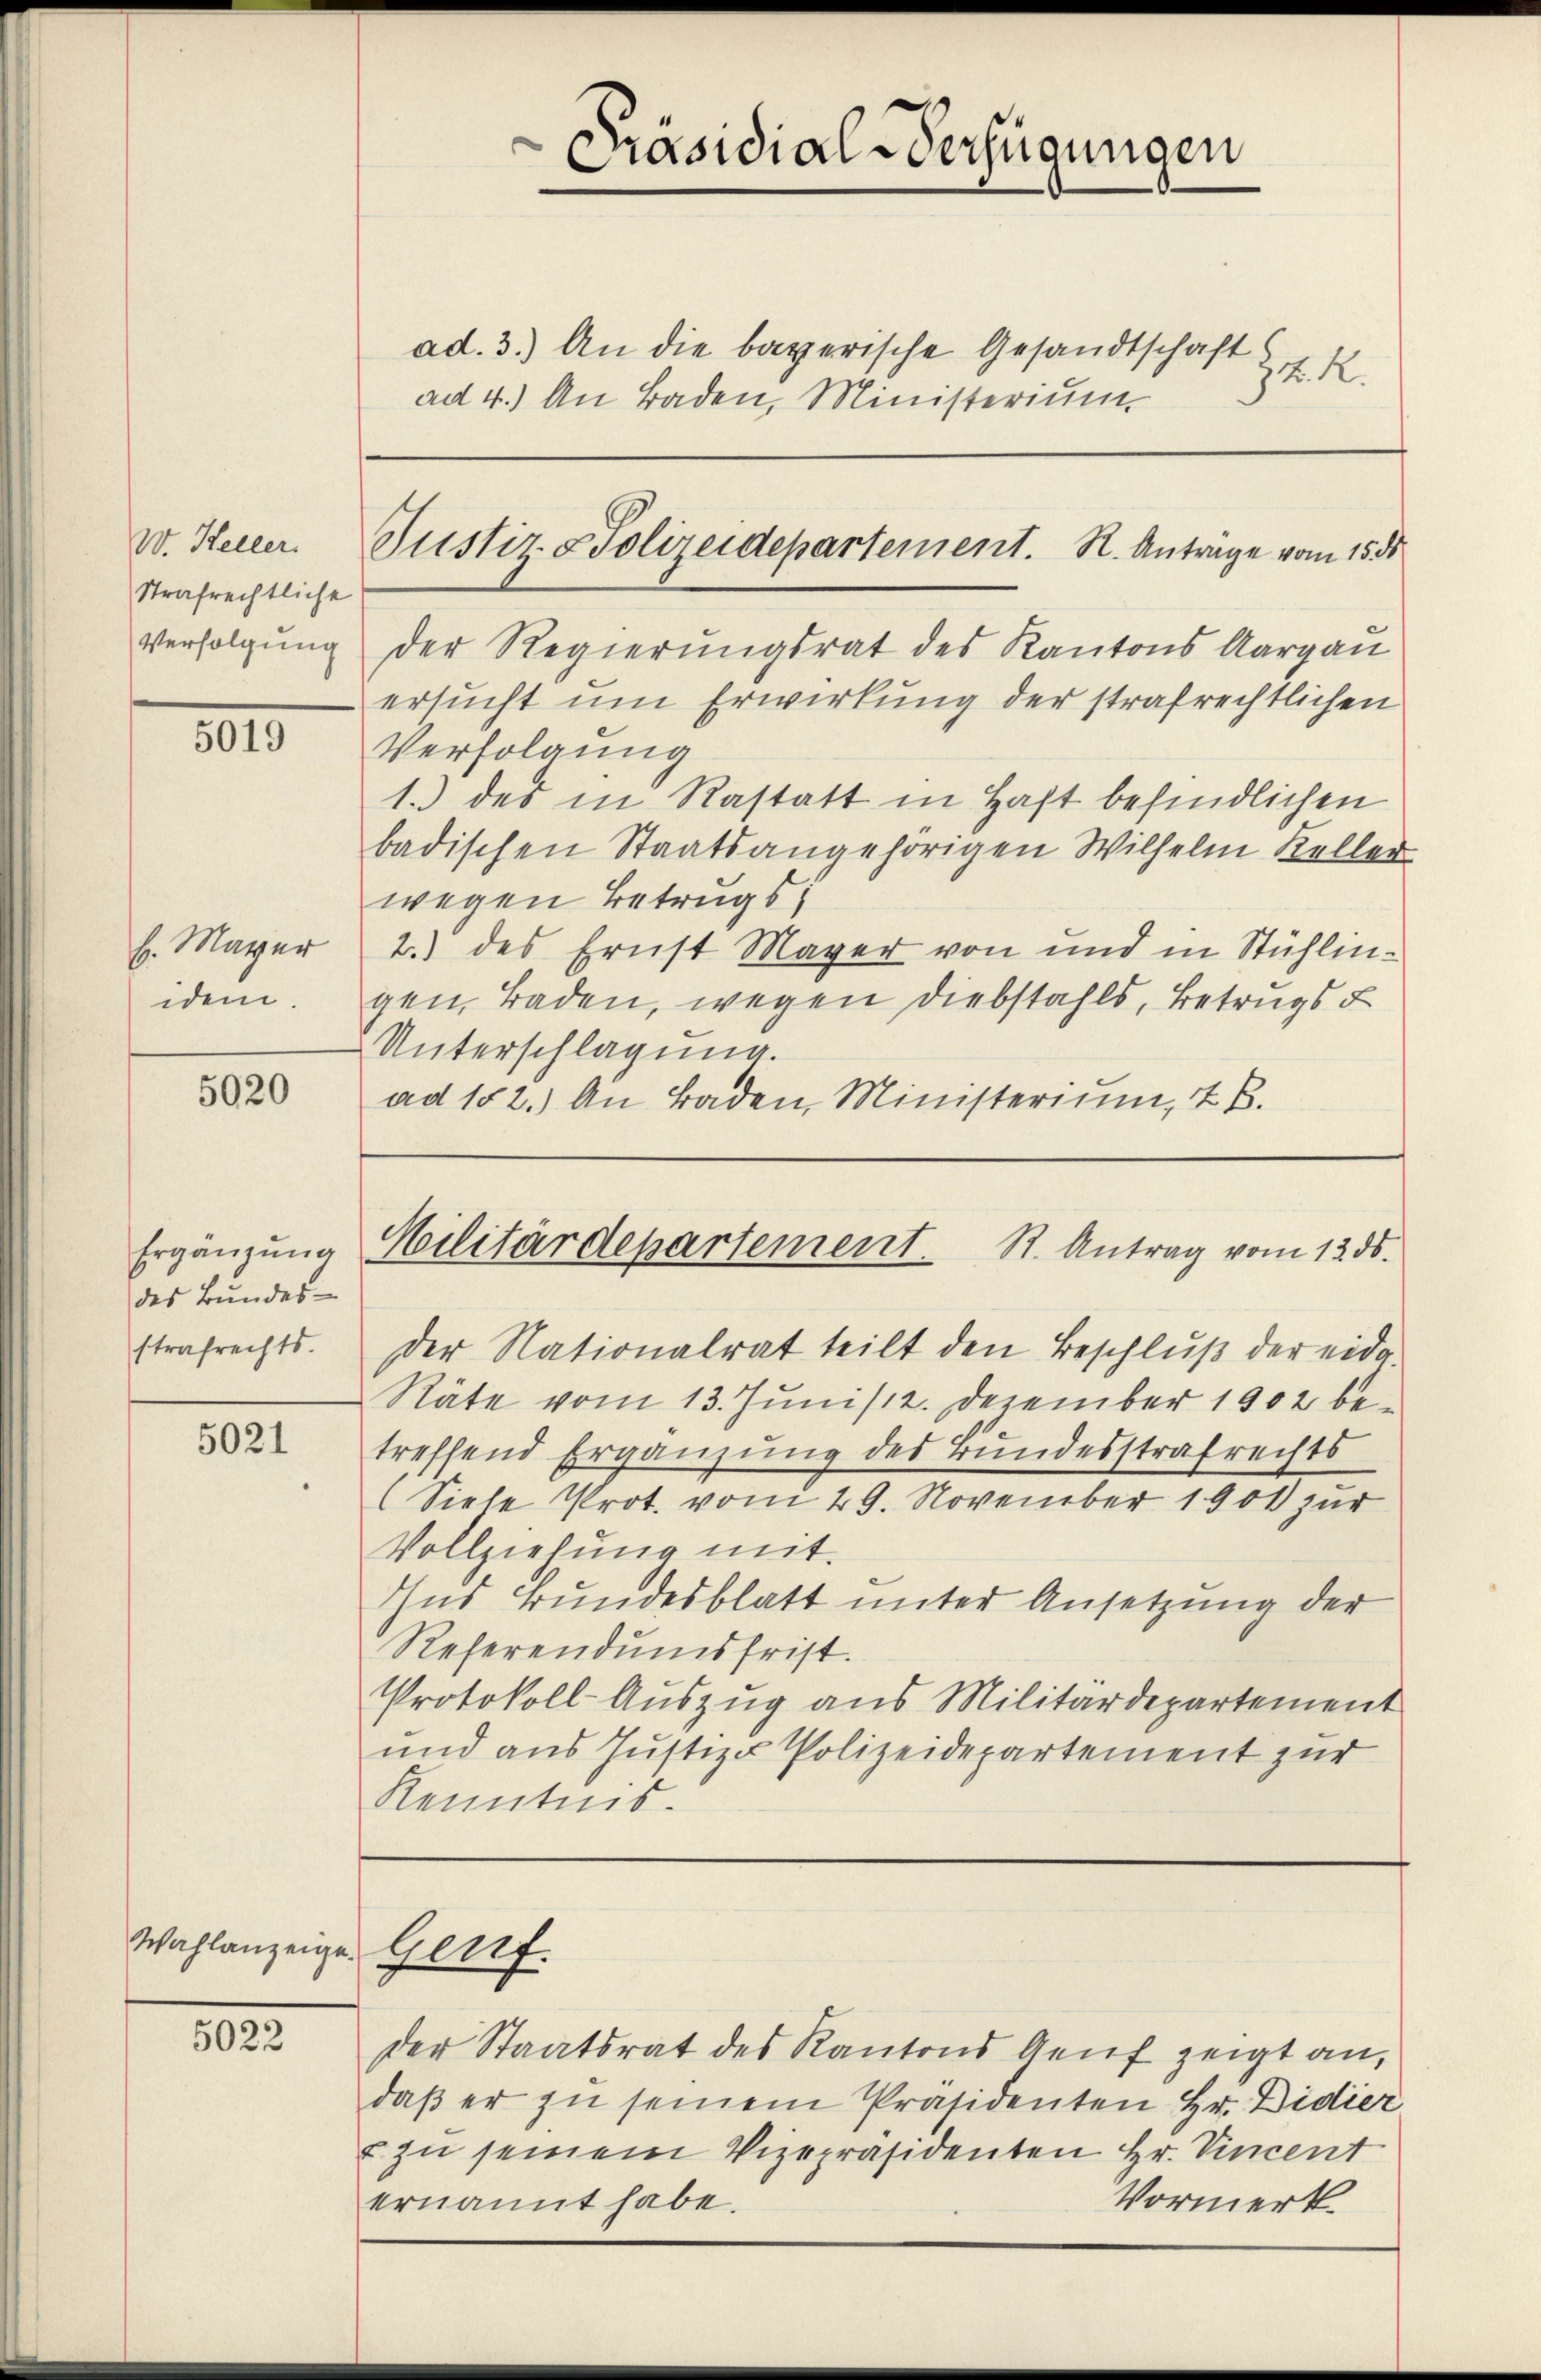
W. Keller.
Strafrechtliche
Verfolgung

5019

h. Mayer
dem.

5020

Ergänzung
des Bundes-
strafrechts.

5021

5022

.
Präsidial-Verfügungen

ad. 3.) An die bayerische Gesandtschaft
K. R.

Justiz- & Polizeidepartement. R. Antrage vom 155

ad 4.) An Baden, Ministerium

der Regierungsrat des Kantons Aargau
ersucht um Erwirkung der strafrechtlichen
Verfolgung
1.) des in Rastatt in Haft befindlichen
badischen Staatsangehörigen Wilhelm Keller
wegen Betrugs;
2.) des Ernst Mayer von und in Stühlingen, Baden, wegen Diebstahls, Betrugs u
Unterschlagung.
ad 152.) An Baden, Ministerium, 2 B.

Militärdepartement. St. Antrag vom 13. ds.

Der Nationalrat teilt den Beschlŭβ der eidg.
Räte vom 13. Junis 12. Dezember 1902 betreffend Ergänzung des Bundesstrafrechts
(Siele Prot. vom 29. November 1901 zur
Vollziehung mit.
Ins Bundesblatt unter Ansetzung der
Referendumsfrist.
Protokoll Auszug aus Militärdepartement
und aus Justiz & Polizeidepartement zur
Kenntnis.

Wahlanzeige Genf.

der Staatsrat des Kantons Aeuf zeigt an,
daβ er zu seinem Präsidenten Hr. Didier
u zu seinem Vizepräsidenten Hr. Vincent
Vormerk.
ernannt habe.